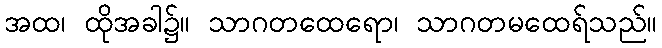
အထ၊ ထိုအခါ၌။ သာဂတထေရော၊ သာဂတမထေရ်သည်။